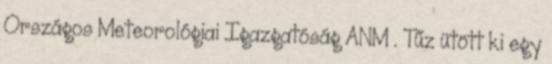
Országos Meteorológiai Igazgatóság ANM . Tűz ütött ki egy